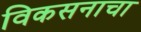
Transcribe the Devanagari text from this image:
विकसनाचा